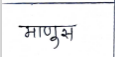
मजकूर: माणुस